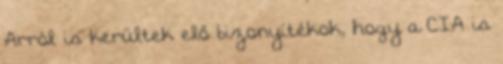
Arról is kerültek elő bizonyítékok, hogy a CIA is